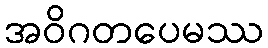
အဝိဂတပေမဿ